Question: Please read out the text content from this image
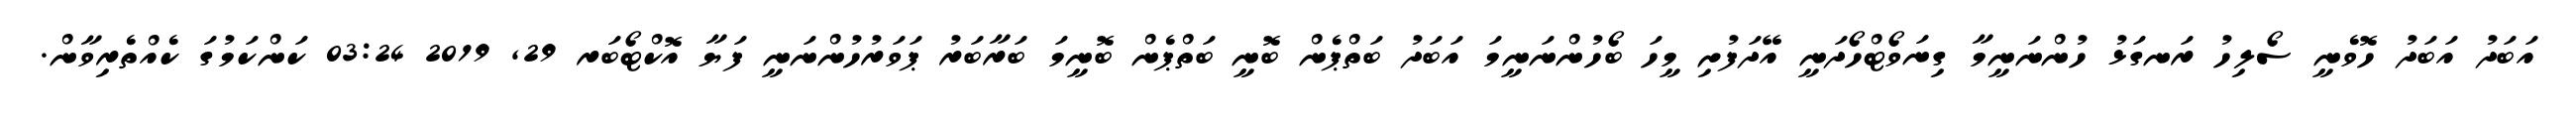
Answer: އަބަދު އަބަދު ހޮވެނީ ސޯލިހު ރަނގަޅު ހުންނަނީމާ ގިނަވޯޓްހޯދަނީ އޭދަފުށި މީހަ ބޯހުންނަނީމަ އަބަދު ބަތްޕެން ބޮނީ ބަތްޕެން ބޮނީމަ ބަރާބަރު ޕަވަރުހުންނަނީ ފަޔާ އޮކްޓޯބަރ 29, 2019 03:24 ކަންކަމުގަ ކެއްތެރިވާން.